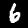
Digit: 6